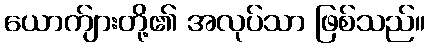
ယောက်ျားတို့၏ အလုပ်သာ ဖြစ်သည်။